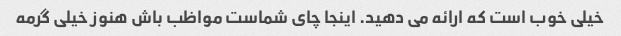
خیلی خوب است که ارائه می دهید. اینجا چای شماست مواظب باش هنوز خیلی گرمه